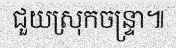
ជួយស្រុកចន្ទ្រា៕